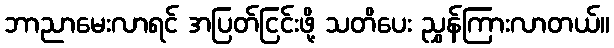
ဘာညာမေးလာရင် အပြတ်ငြင်းဖို့ သတိပေး ညွှန်ကြားလာတယ်။